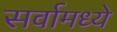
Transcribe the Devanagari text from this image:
सर्वामध्ये